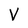
Character: V